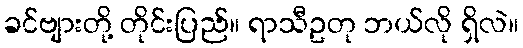
ခင်ဗျားတို့ တိုင်းပြည်။ ရာသီဥတု ဘယ်လို ရှိလဲ။